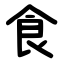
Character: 食